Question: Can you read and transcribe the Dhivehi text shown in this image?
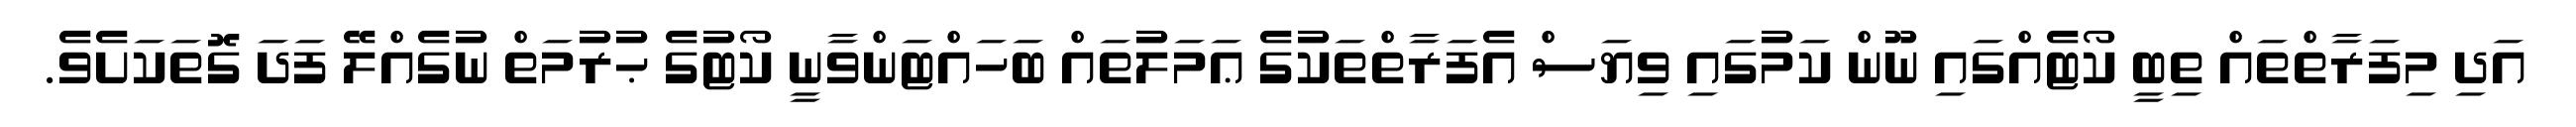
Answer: އަދި މިފަރާތްތައް ތިބީ ކޯޓެއްގައި ނޫން ކަމުގައި ވިޔަސް އެފަރާތްތަކުގެ ޢަމަލުތައް ބަހައްޓަންވާނީ ކޯޓުގެ ޙުރުމަތް ނުގެއްލޭ ފަދަ ގޮތަކަށެވެ.